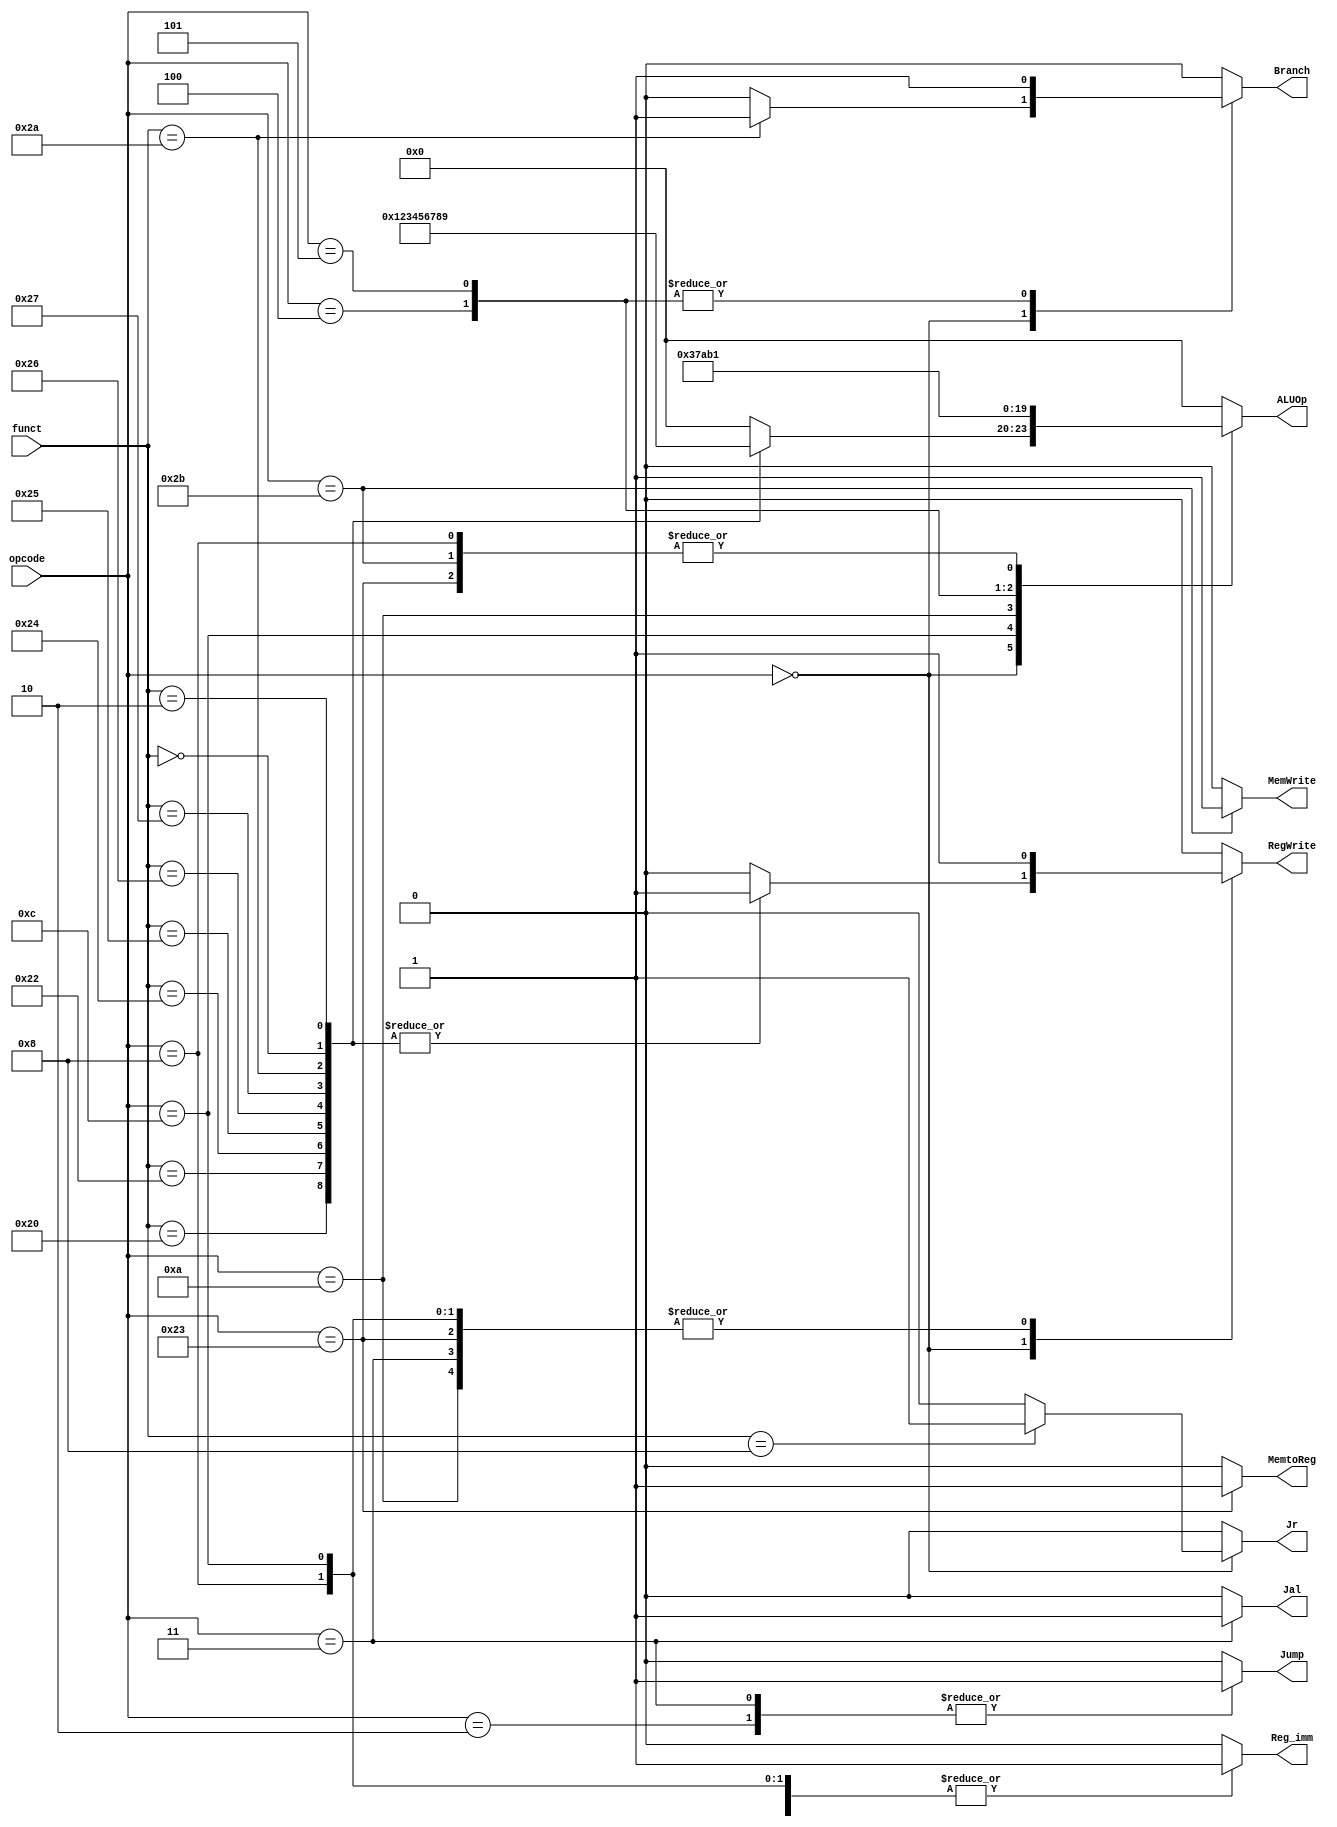
// Controller

module Controller ( opcode,
					funct,
					Reg_imm,
					Jump,
					Branch,
					Jal,
					Jr,
					MemtoReg,
					ALUOp,
					RegWrite,
					MemWrite
					);

	input  [5:0] opcode;
    input  [5:0] funct;

	output Reg_imm;
	output Jump;
	output Branch;
	output Jal;
	output Jr;
	output MemtoReg;
	output [3:0] ALUOp;
	output RegWrite;
	output MemWrite;
	
	reg Reg_imm;
	reg Jump;
	reg Branch;
	reg Jal;
	reg Jr;
	reg MemtoReg;
	reg [3:0] ALUOp;
	reg RegWrite;
	reg MemWrite;
	
	// Reg_imm;
	parameter Reg_data = 0,
			  imm_data = 1;
	
	// ALU
	parameter //op_nop = 0,
	          op_add = 1,
	          op_sub = 2,
	          op_and = 3,
	          op_or  = 4,
	          op_xor = 5,
	          op_nor = 6,
	          op_slt = 7,
	          op_sll = 8,
	          op_srl = 9,
	          op_beq = 10,
	          op_bne = 11;
			  
	// controller
	always@ (*) begin
		Reg_imm	 = Reg_data;
		Jump	 = 0;
		Branch	 = 0;
		Jal		 = 0;
		Jr		 = 0;
		MemtoReg = 0;
		ALUOp	 = 0;
		RegWrite = 0;
		MemWrite = 0;		
		case (opcode)
		6'b00_0000 : begin // R type
			case (funct)
			6'b10_0000 : begin // add
				ALUOp	 = op_add;
				RegWrite = 1;
			end
			6'b10_0010 : begin // sub
				ALUOp	 = op_sub;
				RegWrite = 1;
			end
			6'b10_0100 : begin // and
				ALUOp	 = op_and;
			    RegWrite = 1;
			end
			6'b10_0101 : begin // or
				ALUOp	 = op_or;
			    RegWrite = 1;
			end
			6'b10_0110 : begin // xor
				ALUOp	 = op_xor;
				RegWrite = 1;
			end
			6'b10_0111 : begin // nor
				ALUOp	 = op_nor;
			    RegWrite = 1;
			end
			6'b10_1010 : begin // slt
				Branch	 = 1;
				ALUOp	 = op_slt;
				RegWrite = 1;
			end
			6'b00_0000 : begin // sll
				ALUOp	 = op_sll;
				RegWrite = 1;
			end
			6'b00_0010 : begin // srl
				ALUOp	 = op_srl;
			    RegWrite = 1;
			end
			6'b00_1000 : begin // jr
				Jr		 = 1;
			end		
			endcase // funct
		end
		// I type
		6'b00_1000 : begin // addi
			Reg_imm	 = imm_data;
			ALUOp	 = op_add;
			RegWrite = 1;
		end
		6'b00_1100 : begin // andi
			Reg_imm	 = imm_data;
		    ALUOp	 = op_and;
		    RegWrite = 1;
		end
		6'b00_1010 : begin // slti
			Reg_imm	 = imm_data;
		    ALUOp	 = op_slt;
		    RegWrite = 1;
		end
		6'b00_0100 : begin // beq
			Branch	 = 1;
			ALUOp	 = op_beq;
		end
		6'b00_0101 : begin // bne
			Branch	 = 1;
		    ALUOp	 = op_bne;
		end
		6'b10_0011 : begin // lw
			Reg_imm	 = imm_data;
			MemtoReg = 1;
			ALUOp	 = op_add;
			RegWrite = 1;
		end
		6'b10_1011 : begin // sw
			Reg_imm	 = imm_data;
			ALUOp	 = op_add;
			MemWrite = 1;
		end
		// J Type
		6'b00_0010 : Jump = 1; // Jump
		6'b00_0011 : begin // jal
			Jump	 = 1;
			Jal		 = 1;
			RegWrite = 1;		
		end
		endcase // opcode
	end
	
endmodule